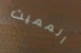
المميت